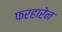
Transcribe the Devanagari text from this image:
फरहारेन